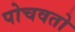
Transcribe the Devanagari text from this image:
पोचवतो